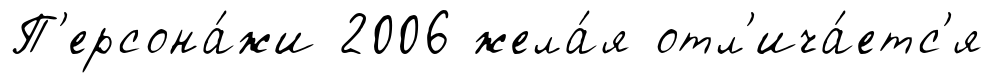
П'ерсона́жи 2006 жела́я отл'ича́етс'я